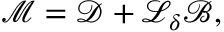
\mathcal { M } = \mathcal { D } + \mathcal { L } _ { \boldsymbol { \delta } } \mathcal { B } ,